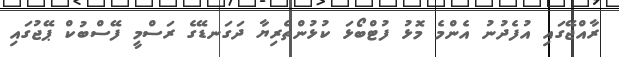
ރާއްޖޭގައި އުފެދުނު އެންމެ މޮޅު ފުޓްބޯޅަ ކުޅުންތެރިޔާ ދަގަނޑޭގެ ރަސްމީ ފޭސްބުކް ޕޭޖުގައި